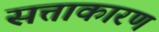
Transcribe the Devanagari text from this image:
सत्ताकारण